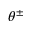
\theta ^ { \pm }